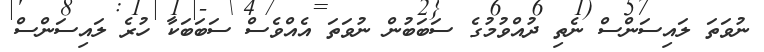
ނުވަތަ ލައިސަންސް ނެތި ދުއްވުމުގެ ސަބަބުން ނުވަތަ އެއްވެސް ސަބަބަކާ ހުރެ ލައިސަންސް